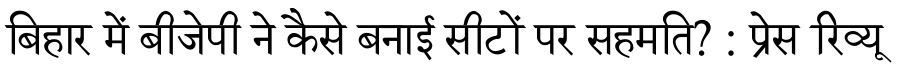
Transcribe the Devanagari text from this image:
बिहार में बीजेपी ने कैसे बनाई सीटों पर सहमति? : प्रेस रिव्यू